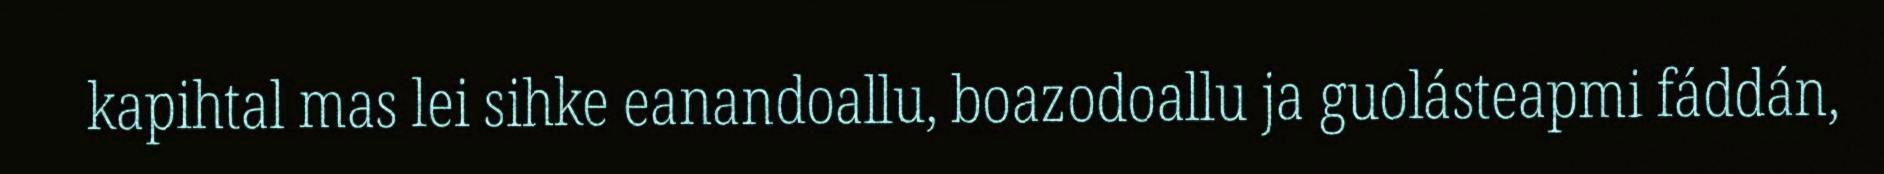
kapihtal mas lei sihke eanandoallu, boazodoallu ja guolásteapmi fáddán,